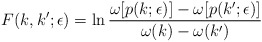
\begin{align*}F(k,k';\epsilon)=\ln \frac{\omega[p(k;\epsilon)]-\omega[p(k';\epsilon)]}{\omega(k)-\omega(k')}\end{align*}